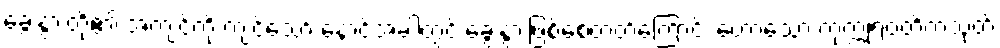
ခွေးနွားတို့၏ အကျင့်ကို ကျင့်သော် နောင်အခါတွင် ခွေးနွားဖြစ်စေတတ်ကြောင်း ဟောသော ကုက္ကုရဝတိကသုတ်